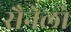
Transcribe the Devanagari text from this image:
सैनेलो